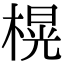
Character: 榥